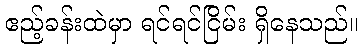
ဧည့်ခန်းထဲမှာ ရင်ရင်ငြိမ်း ရှိနေသည်။